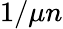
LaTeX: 1/\mu n